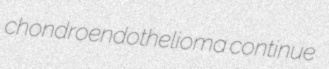
chondroendothelioma continue